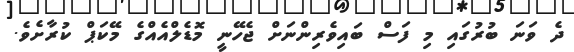
ދެ ވަނަ ބުރުގައި މި ފަސް ބައިވެރިންނަށް ޖެހޭނީ މޮޑެލްއެއްގެ މޭކަޕް ކުރާށެވެ.